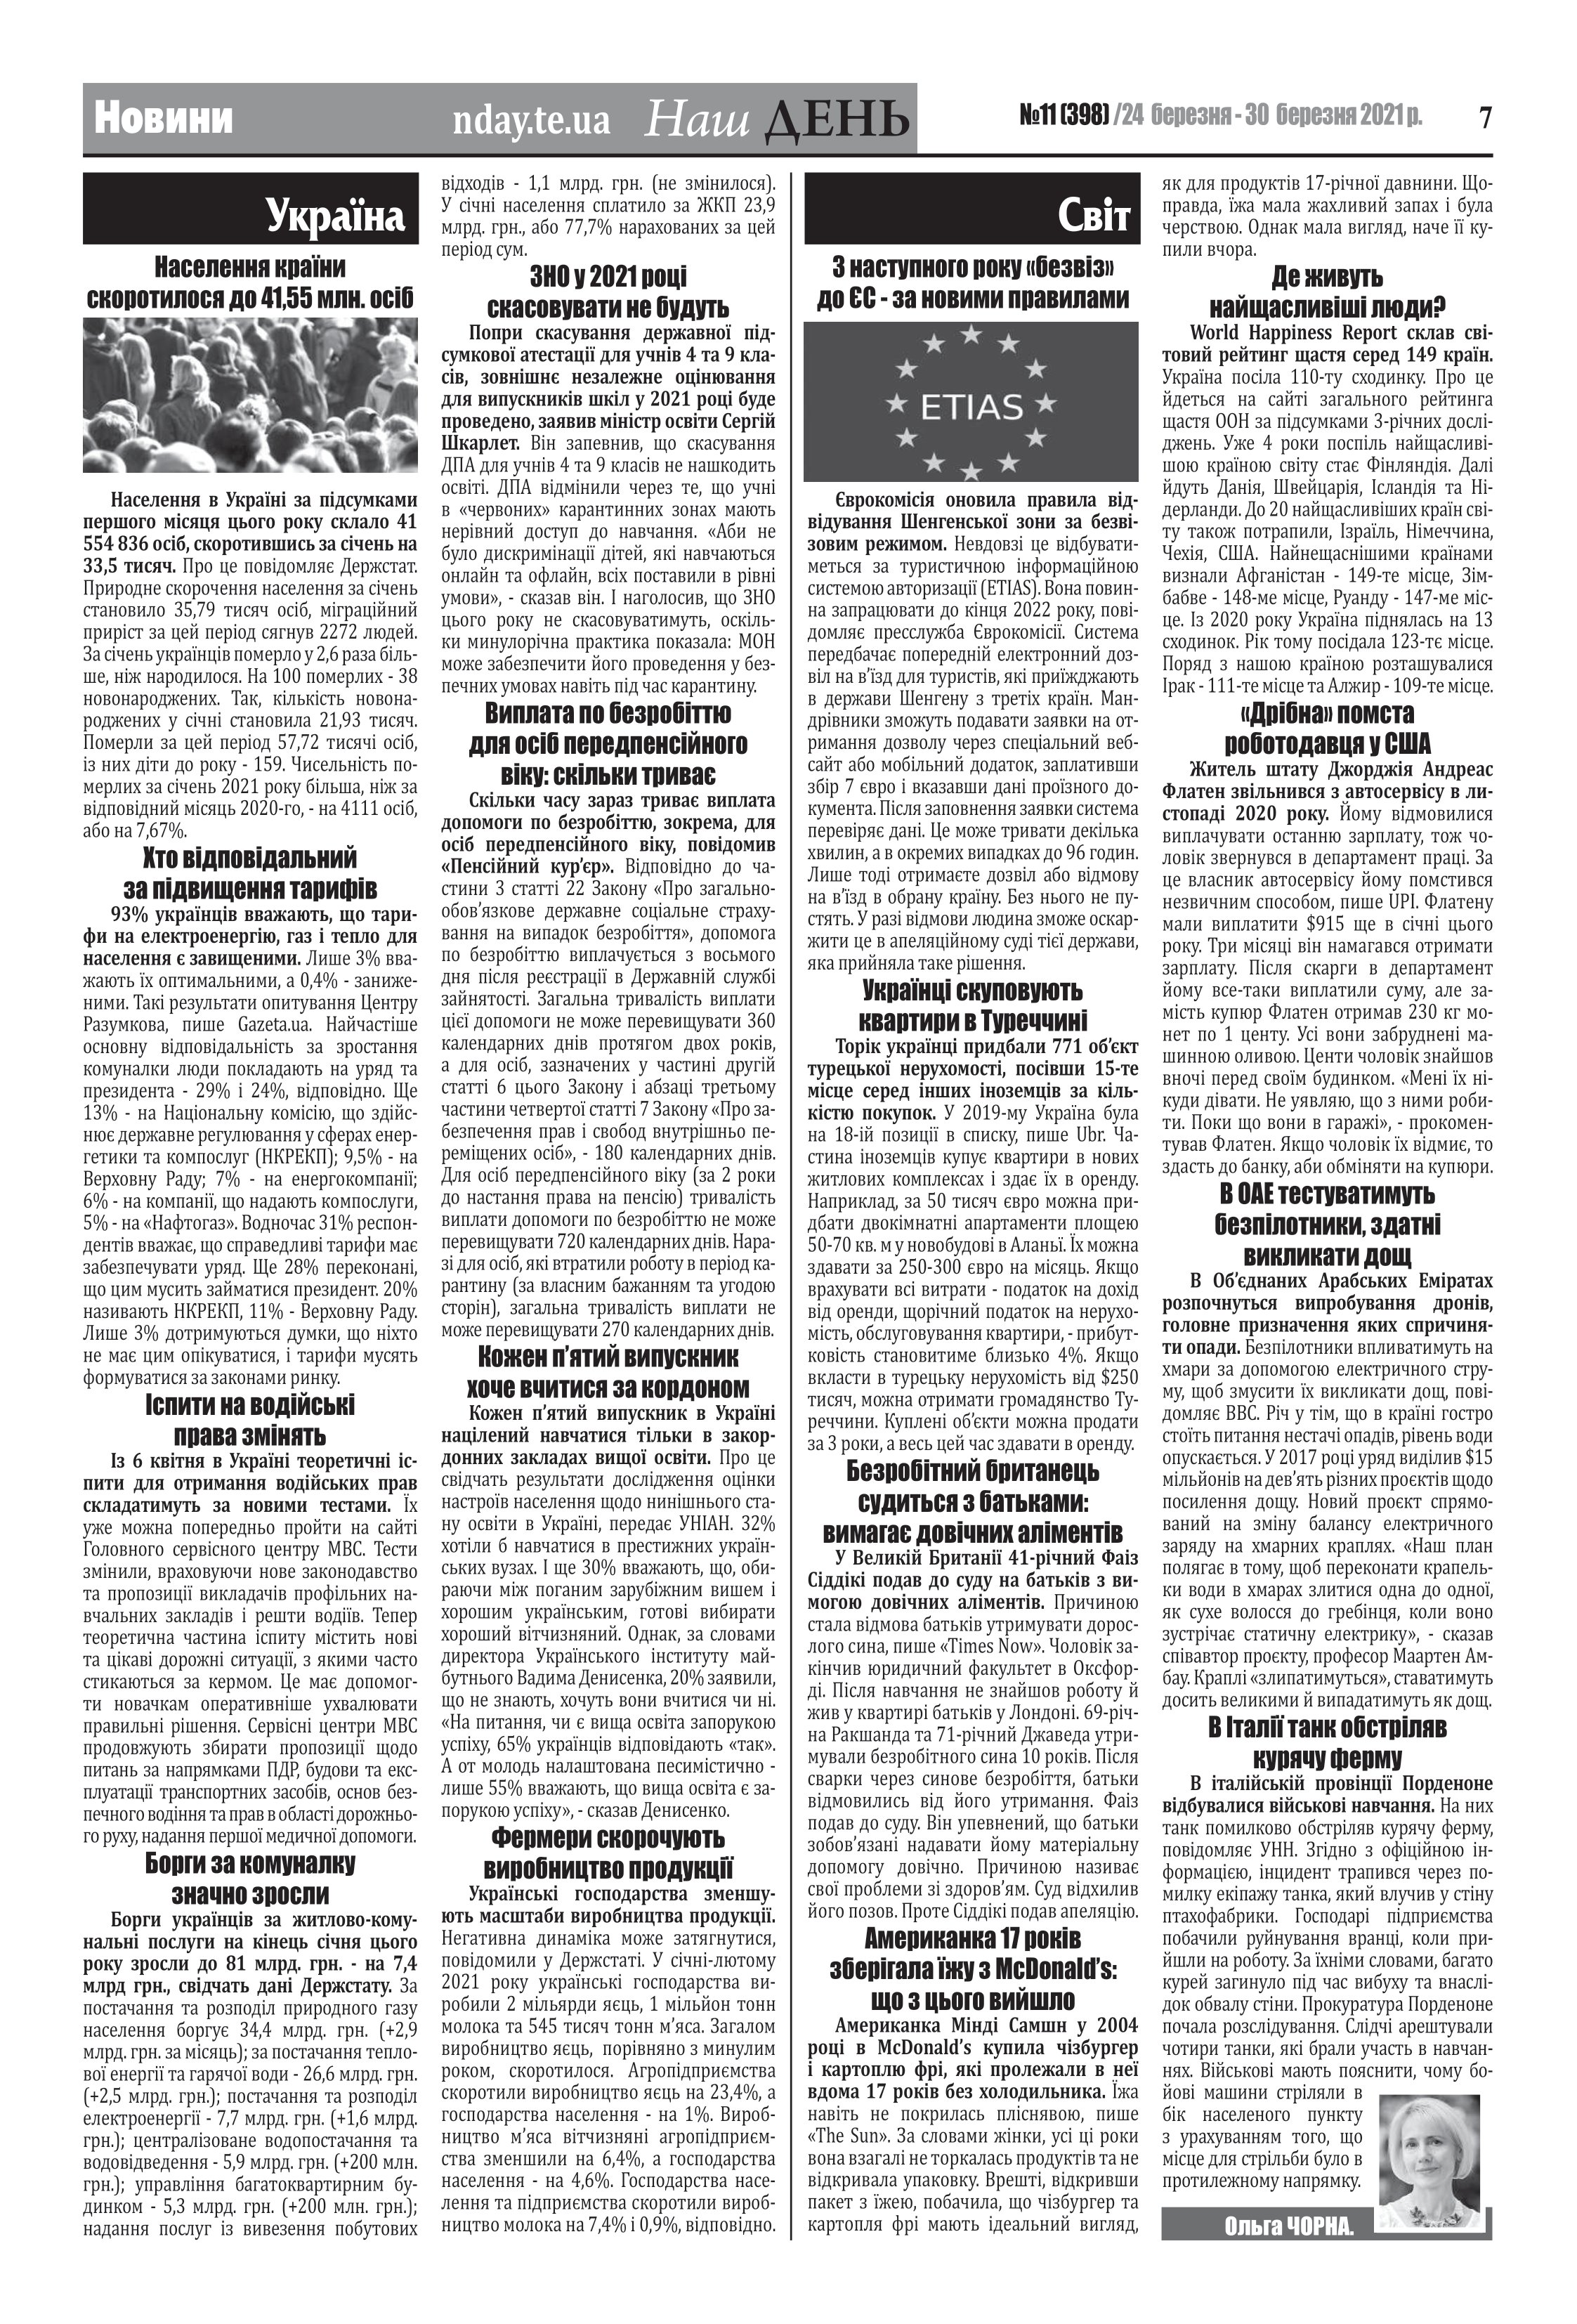
Language: uk